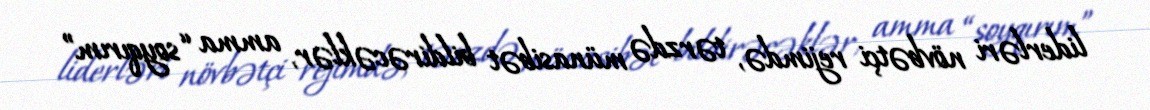
liderləri növbətçi rejimdə, tərzdə münasibət bildirəcəklər, amma “soyqırım”